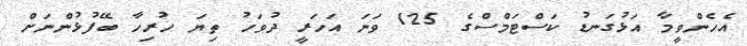
އެހެންވީމާ އަޅުގަނޑު ކަސްޓަމްސްގެ 125 ވަނަ އަހަރީ ދުވަހު ތިޔަ ހުރިހާ ބޭފުޅުންނަށް